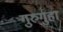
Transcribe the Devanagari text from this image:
गुरुगुहा